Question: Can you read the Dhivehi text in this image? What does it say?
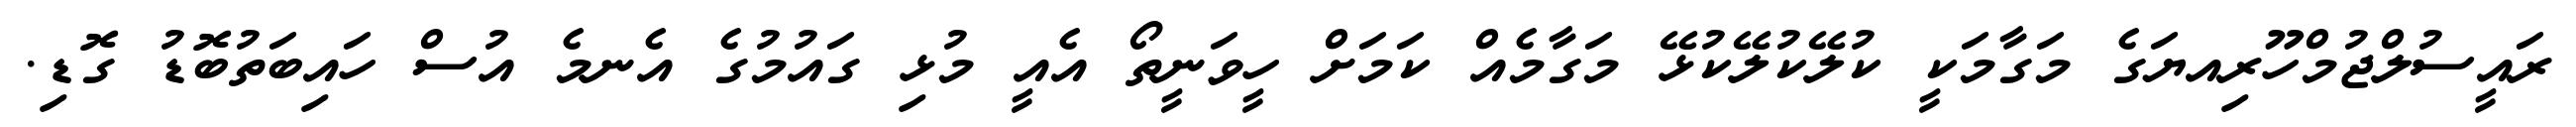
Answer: ރައީސުލްޖުމްހޫރިއޔަގެ މަގާމަކީ ކުލޭކުލޭކުޅޭ މަގާމެއް ކަމަށް ހީވަނީތޯ އެއީ މުޅި ގައުމުގެ އެނމެ އުސް ހައިބަތުބޮޑު ގޮޑި.